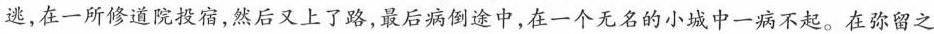
逃，在一所修道院投宿，然后又上了路，最后病倒途中，在一个无名的小城中一病不起。在弥留之